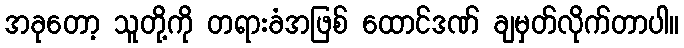
အခုတော့ သူတို့ကို တရားခံအဖြစ် ထောင်ဒဏ် ချမှတ်လိုက်တာပါ။